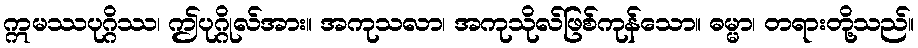
ဣမဿပုဂ္ဂိဿ၊ ဤပုဂ္ဂိုလ်အား။ အကုသလာ၊ အကုသိုလ်ဖြစ်ကုန်သော။ ဓမ္မာ၊ တရားတို့သည်။